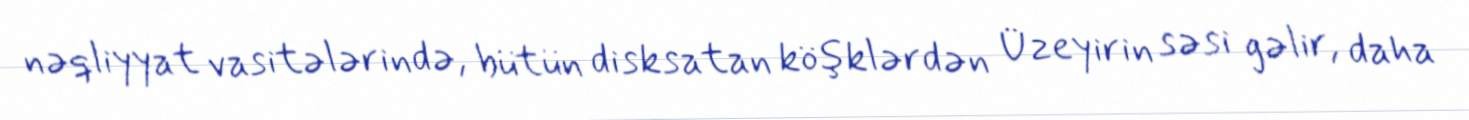
nəqliyyat vasitələrində, bütün disksatan köşklərdən Üzeyirin səsi gəlir, daha